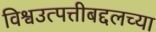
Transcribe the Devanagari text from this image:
विश्वउत्पत्तीबद्दलच्या